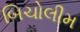
બિચોલીમ